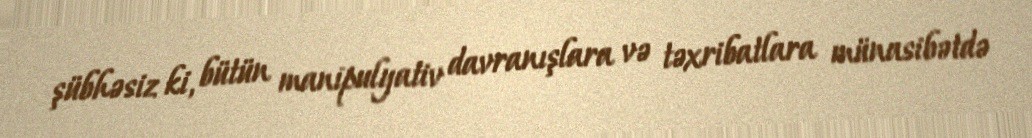
şübhəsiz ki, bütün manipulyativ davranışlara və təxribatlara münasibətdə